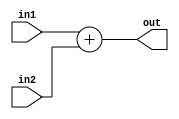
`timescale 1ns / 1ps
//////////////////////////////////////////////////////////////////////////////////
// Company: 
// Engineer: 
// 
// Design Name: 
// Module Name: adder
// Project Name: 
// Target Devices: 
// Tool Versions: 
// Description: 
// 
// Dependencies: 
// 
// Revision:
// Revision 0.01 - File Created
// Additional Comments:
// 
//////////////////////////////////////////////////////////////////////////////////


module adder#(parameter WL = 32)
             (input [WL-1:0] in1, in2, 
              output reg [WL-1:0] out);
always @* out = in1 + in2;
endmodule